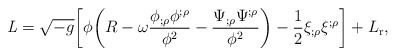
\begin{align*} {\it L} = \sqrt{-g}\biggl[\phi\biggl(R -\omega\frac{\phi_{;\rho}\phi^{;\rho}}{\phi^2} -\frac{\Psi_{;\rho}\Psi^{;\rho}}{\phi^{2}}\biggr) -\frac{1}{2}\xi_{;\rho}\xi^{;\rho}\biggr] + L_{\rm r},\end{align*}